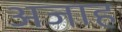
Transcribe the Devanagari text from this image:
अजाह